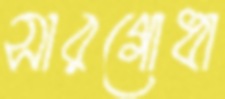
সারগোধা